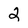
Character: 2